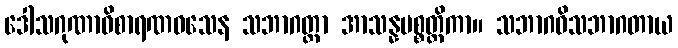
ဒေါသဂုဏာဝိစာရဏဝသေန သဘာဂတ္တာ အာသန္နပစ္စတ္ထိကာ။ သဘာဂဝိသဘာဂတာယ